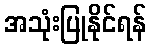
အသုံးပြုနိုင်ရန်